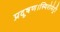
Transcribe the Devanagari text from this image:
प्रदूषण।स्पिरोमेट्री